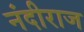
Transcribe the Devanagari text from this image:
नंदीराज